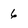
Character: 6